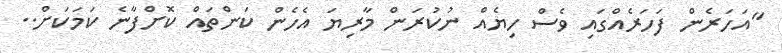
''އަހަރެން ފަހަރެއްގައި ވެސް ހިޔެއް ނުކުރަން މާރިޔަ އެހެން ކަންތައް ކޮށްފާނެ ކަމަކަށް..